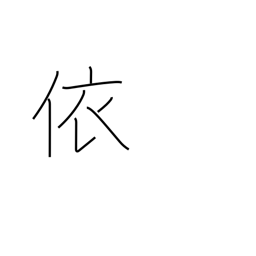
Meaning: therefore